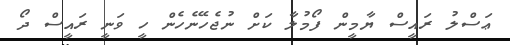
ޢަސްލު ރައީސް ޔާމީން ފޯމުލާ ކަށް ނުޖެހޭނެހެން ހީ ވަނީ ރައީސް ދޯ